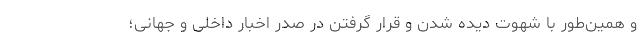
و همین‌طور با شهوت دیده شدن و قرار گرفتن در صدر اخبار داخلی و جهانی؛